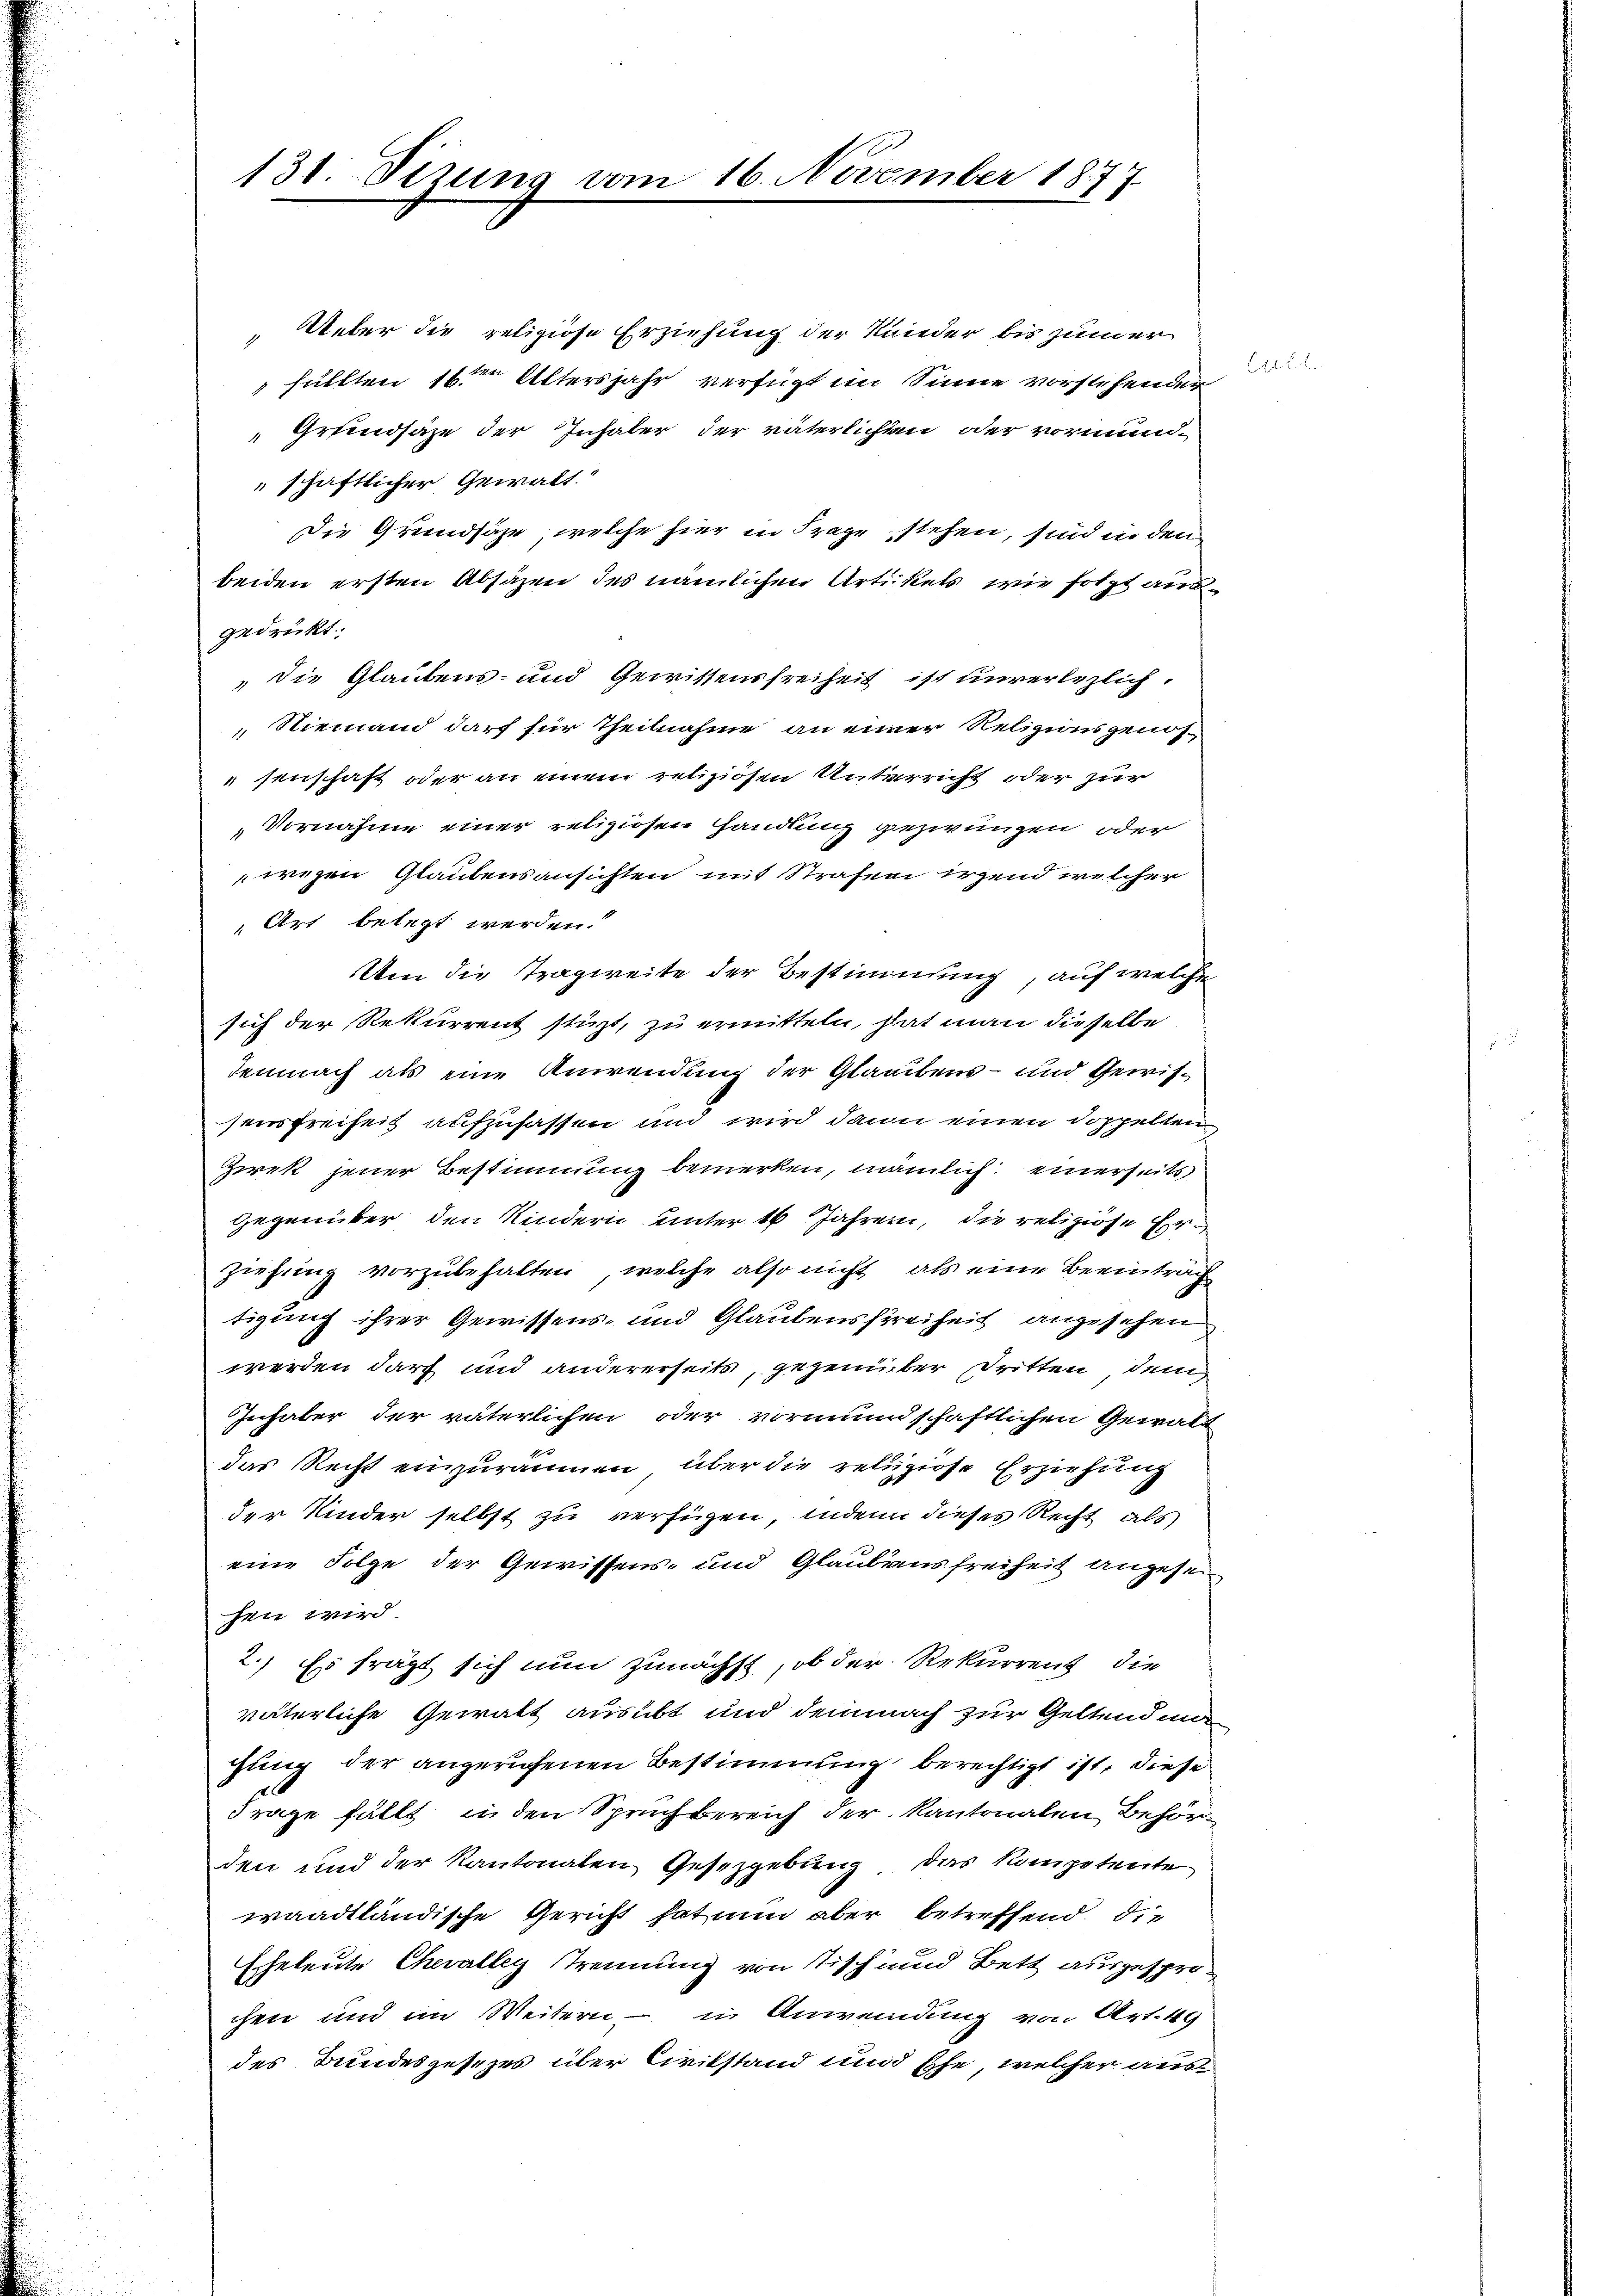
131. Sizung

Ueber die religiose Erziehung der Kinder bis zumer
füllten 16ten Altersjahr verfügt im Sinne vorstehender
Grundsäze der Inhaber der väterlichen oder vormund-
schaftlicher Gewalt.
Die Grundsaze, welche hier in Frage stehen, sind in den
beiden ersten Absäzen des nämlichen Artikels, wie solzt ausgedrückt.
Die Glaubens- und Gewissensfreiheit ist unverlezlich
Niemand darf für Theilnahme an einer Religionsgenössenschaft oder an einem religiösen Unterricht oder zur
Vornahme einer religiosen Handlung gezwungen oder
wegen Glaubensansichten mit Strafen irgend welcher
Art belegt werden.
Um die Tragweite der Bestimmung, auf welche
sich der Rekurrent stüzt, zu ermitteln, hat man dieselbe
Jemnach als eine Anwendung der Glaubens- und Gewissensfreiheit aufzufassen und wird dann einen doppelten
Zirek jener Bestimmung bemerken, nämlich einerseits
gegenüber den Kindern unter 16 Jahren, die religiöse Erziehung vorzubehalten, welche also nicht als eine Beeintrag
tigung ihrer Gewissens- und Glaubensfreiheit angesehen
werden darf und andererseits, gegenüber dritten, dem
Inhaber der väterlichen oder vormundschaftlichen Gewalt
das Recht einzuräumen, über die religiöse Erziehung
der Kinder selbst zu verfügen, inden dieses Recht als
eine Folge der Gewissens- und Glaubensfreiheit angesen
hen wird.
2.) Es frägt sich nun zunächst, ob der Rekurrenz, die
väterliche Gewalt ausübt und demnach zur Geltendman
gung der angerufenen Bestimmung berechtigt ist, diese
Frage fällt in den Spruchbereich der Kantonalen Behörden und der Kantonalen Gesetzgebung das Kompetente
waadtländische Gericht hat nun aber betreffend die
Eheleute Chevalley Trennung von Tisch und Bett ausgesprochen und im Weitern – in Anwendung von Art. 49
des Bundesgesezes über Civilstand und Ehe, welcher aus

November 1877

l